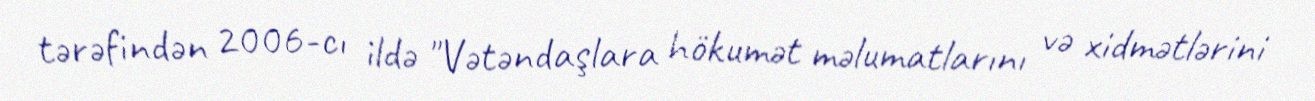
tərəfindən 2006-cı ildə "Vətəndaşlara hökumət məlumatlarını və xidmətlərini